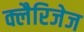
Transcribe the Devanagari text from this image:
क्लैरिजेज